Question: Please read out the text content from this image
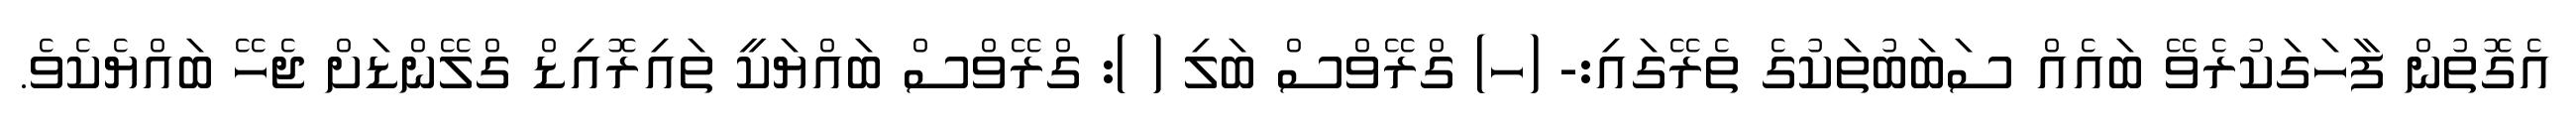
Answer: އެގޮތުން ފާހަގަކުރެވޭ ބައެއް ސަބަބުތަކުގެ ތެރޭގައި:- (ހ) ގްރޭވްސް ބަލި ( ): ގްރޭވްސް ބައްޔަކީ ތައިރޮއިޑް ގްލޭންޑަށް ޖެހޭ ބައްޔެކެވެ.